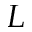
L